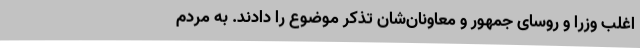
اغلب وزرا و روسای جمهور و معاونان‌شان تذکر موضوع را دادند. به مردم